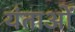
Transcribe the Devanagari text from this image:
यंताओं